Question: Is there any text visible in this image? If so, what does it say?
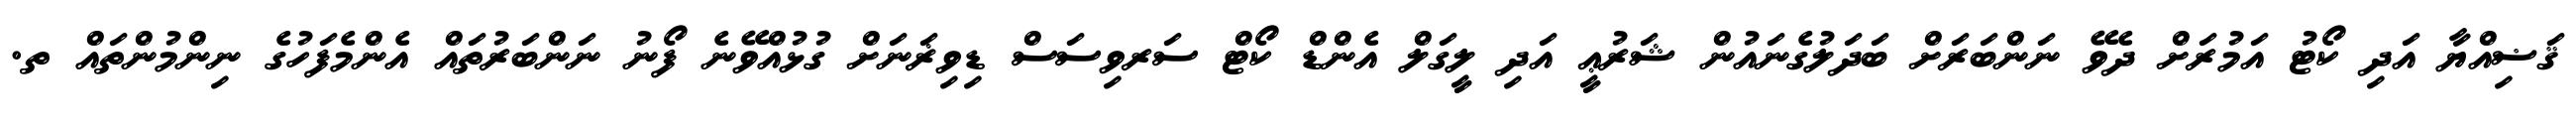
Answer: ޤަޟިއްޔާ އަދި ކޯޓު އަމުރަށް ދެވޭ ނަންބަރަށް ބަދަލުގެނައުން ޝަރުޢީ އަދި ލީގަލް އެންޑް ކޯޓް ސަރވިސަސް ޑިވިޜަނަށް ގުޅުއްވޭނެ ފޯނު ނަންބަރުތައް އެންމެފަހުގެ ނިންމުންތައް ތ.